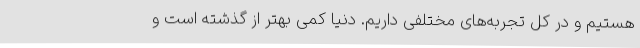
هستیم و در کل تجربه‌های مختلفی داریم. دنیا کمی بهتر از گذشته است و